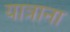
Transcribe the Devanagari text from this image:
यात्राना